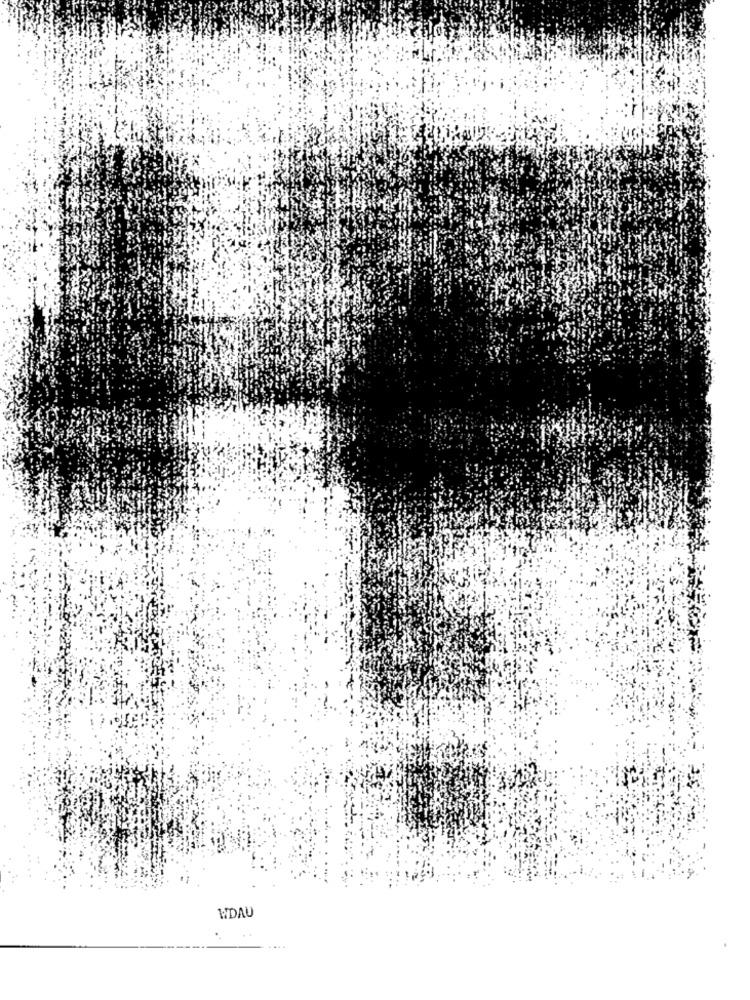
WDAU